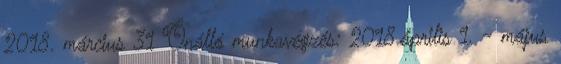
2018. március 31 Önálló munkavégzés: 2018.április 1. - május